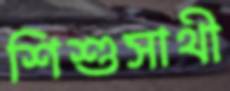
শিশুসাথী